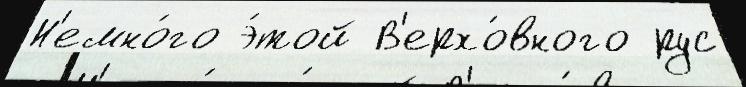
Н'емно́го э́той В'ерхо́вного рус